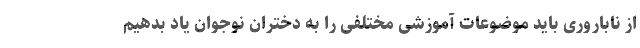
از ناباروری باید موضوعات آموزشی مختلفی را به دخترانِ نوجوان یاد بدهیم